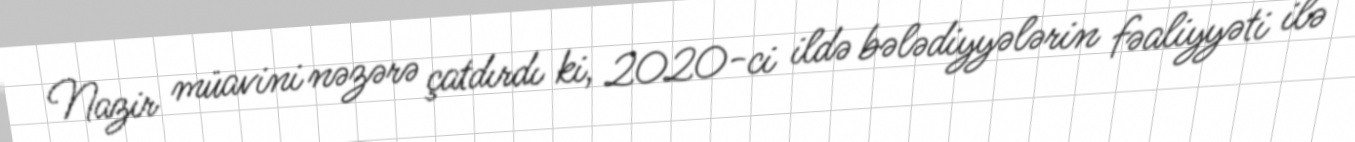
Nazir müavini nəzərə çatdırdı ki, 2020-ci ildə bələdiyyələrin fəaliyyəti ilə